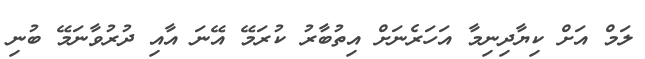
ލަމް އަށް ކިޔާދިނިމާ އަހަރެނަށް އިތުބާރު ކުރަމޭ އޭނަ އާއި ދުރުވާނަމޭ ބުނި